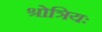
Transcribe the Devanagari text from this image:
श्रोत्रियः